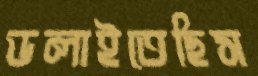
ডলাইতেছিস